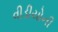
વીડીયોની